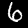
Digit: 6